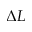
\Delta L